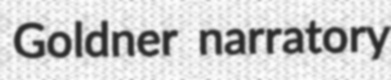
Goldner narratory